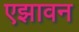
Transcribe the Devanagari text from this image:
एझावन